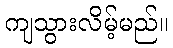
ကျသွားလိမ့်မည်။